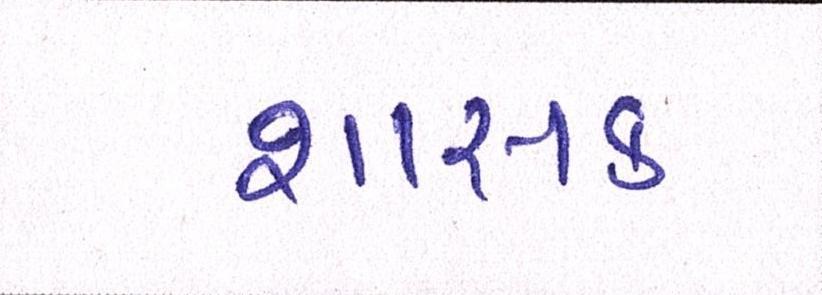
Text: શાસક